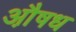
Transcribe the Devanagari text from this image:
औ़षध